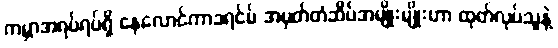
ကမ္ဘာအရပ်ရပ်ရှိ နေလောင်ကာခရင်မ် အမှတ်တံဆိပ်အမျိုးမျိုးဟာ ထုတ်လုပ်သူနဲ့